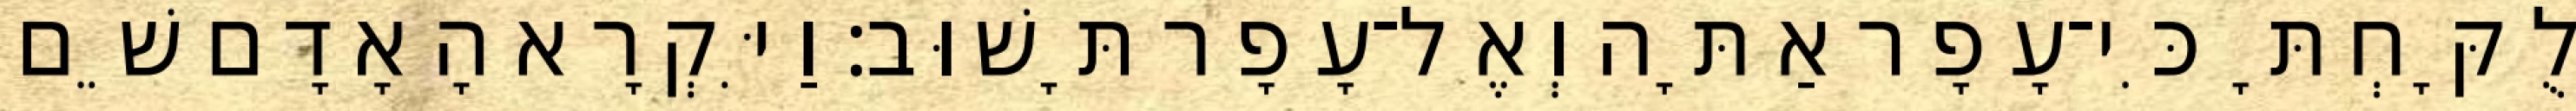
לֻקָּחְתָּ כִּי־עָפָר אַתָּה וְאֶל־עָפָר תָּשׁוּב׃ וַיִּקְרָא הָאָדָם שֵׁם